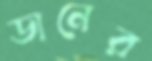
ডানের